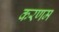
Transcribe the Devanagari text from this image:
करणम